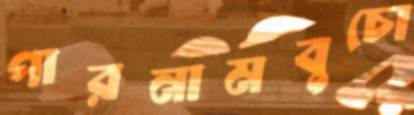
পারনামবুচো